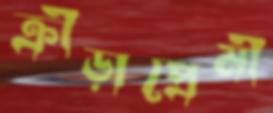
ক্রীড়াপ্রেমী